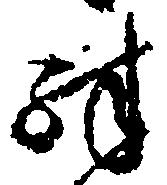
殊